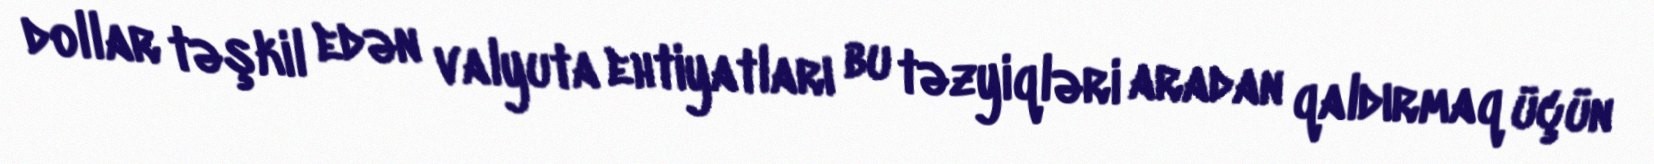
dollar təşkil edən valyuta ehtiyatları bu təzyiqləri aradan qaldırmaq üçün